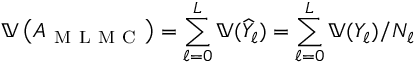
\mathbb { V } \left( A _ { \mathrm { ~ M ~ L ~ M ~ C ~ } } \right) = \sum _ { \ell = 0 } ^ { L } \mathbb { V } ( \widehat { Y } _ { \ell } ) = \sum _ { \ell = 0 } ^ { L } \mathbb { V } ( Y _ { \ell } ) / N _ { \ell }